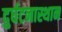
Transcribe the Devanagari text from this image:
दुर्घटनास्थान